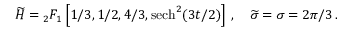
\widetilde { H } = { } _ { 2 } F _ { 1 } \left[ { 1 } / { 3 } , { 1 } / { 2 } , { 4 } / { 3 } , \mathrm { s e c h } ^ { 2 } ( { 3 t } / { 2 } ) \right] \, , \quad \widetilde { \sigma } = \sigma = 2 \pi / 3 \, .